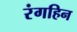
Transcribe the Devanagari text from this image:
रंगहिन